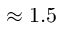
\approx 1 . 5